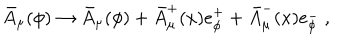
\bar { A } _ { \mu } ( \phi ) \rightarrow \bar { A } _ { \mu } ( \phi ) + \bar { A } _ { \mu } ^ { + } ( x ) e _ { \phi } ^ { + } + \bar { A } _ { \mu } ^ { - } ( x ) e _ { \phi } ^ { - } \ ,